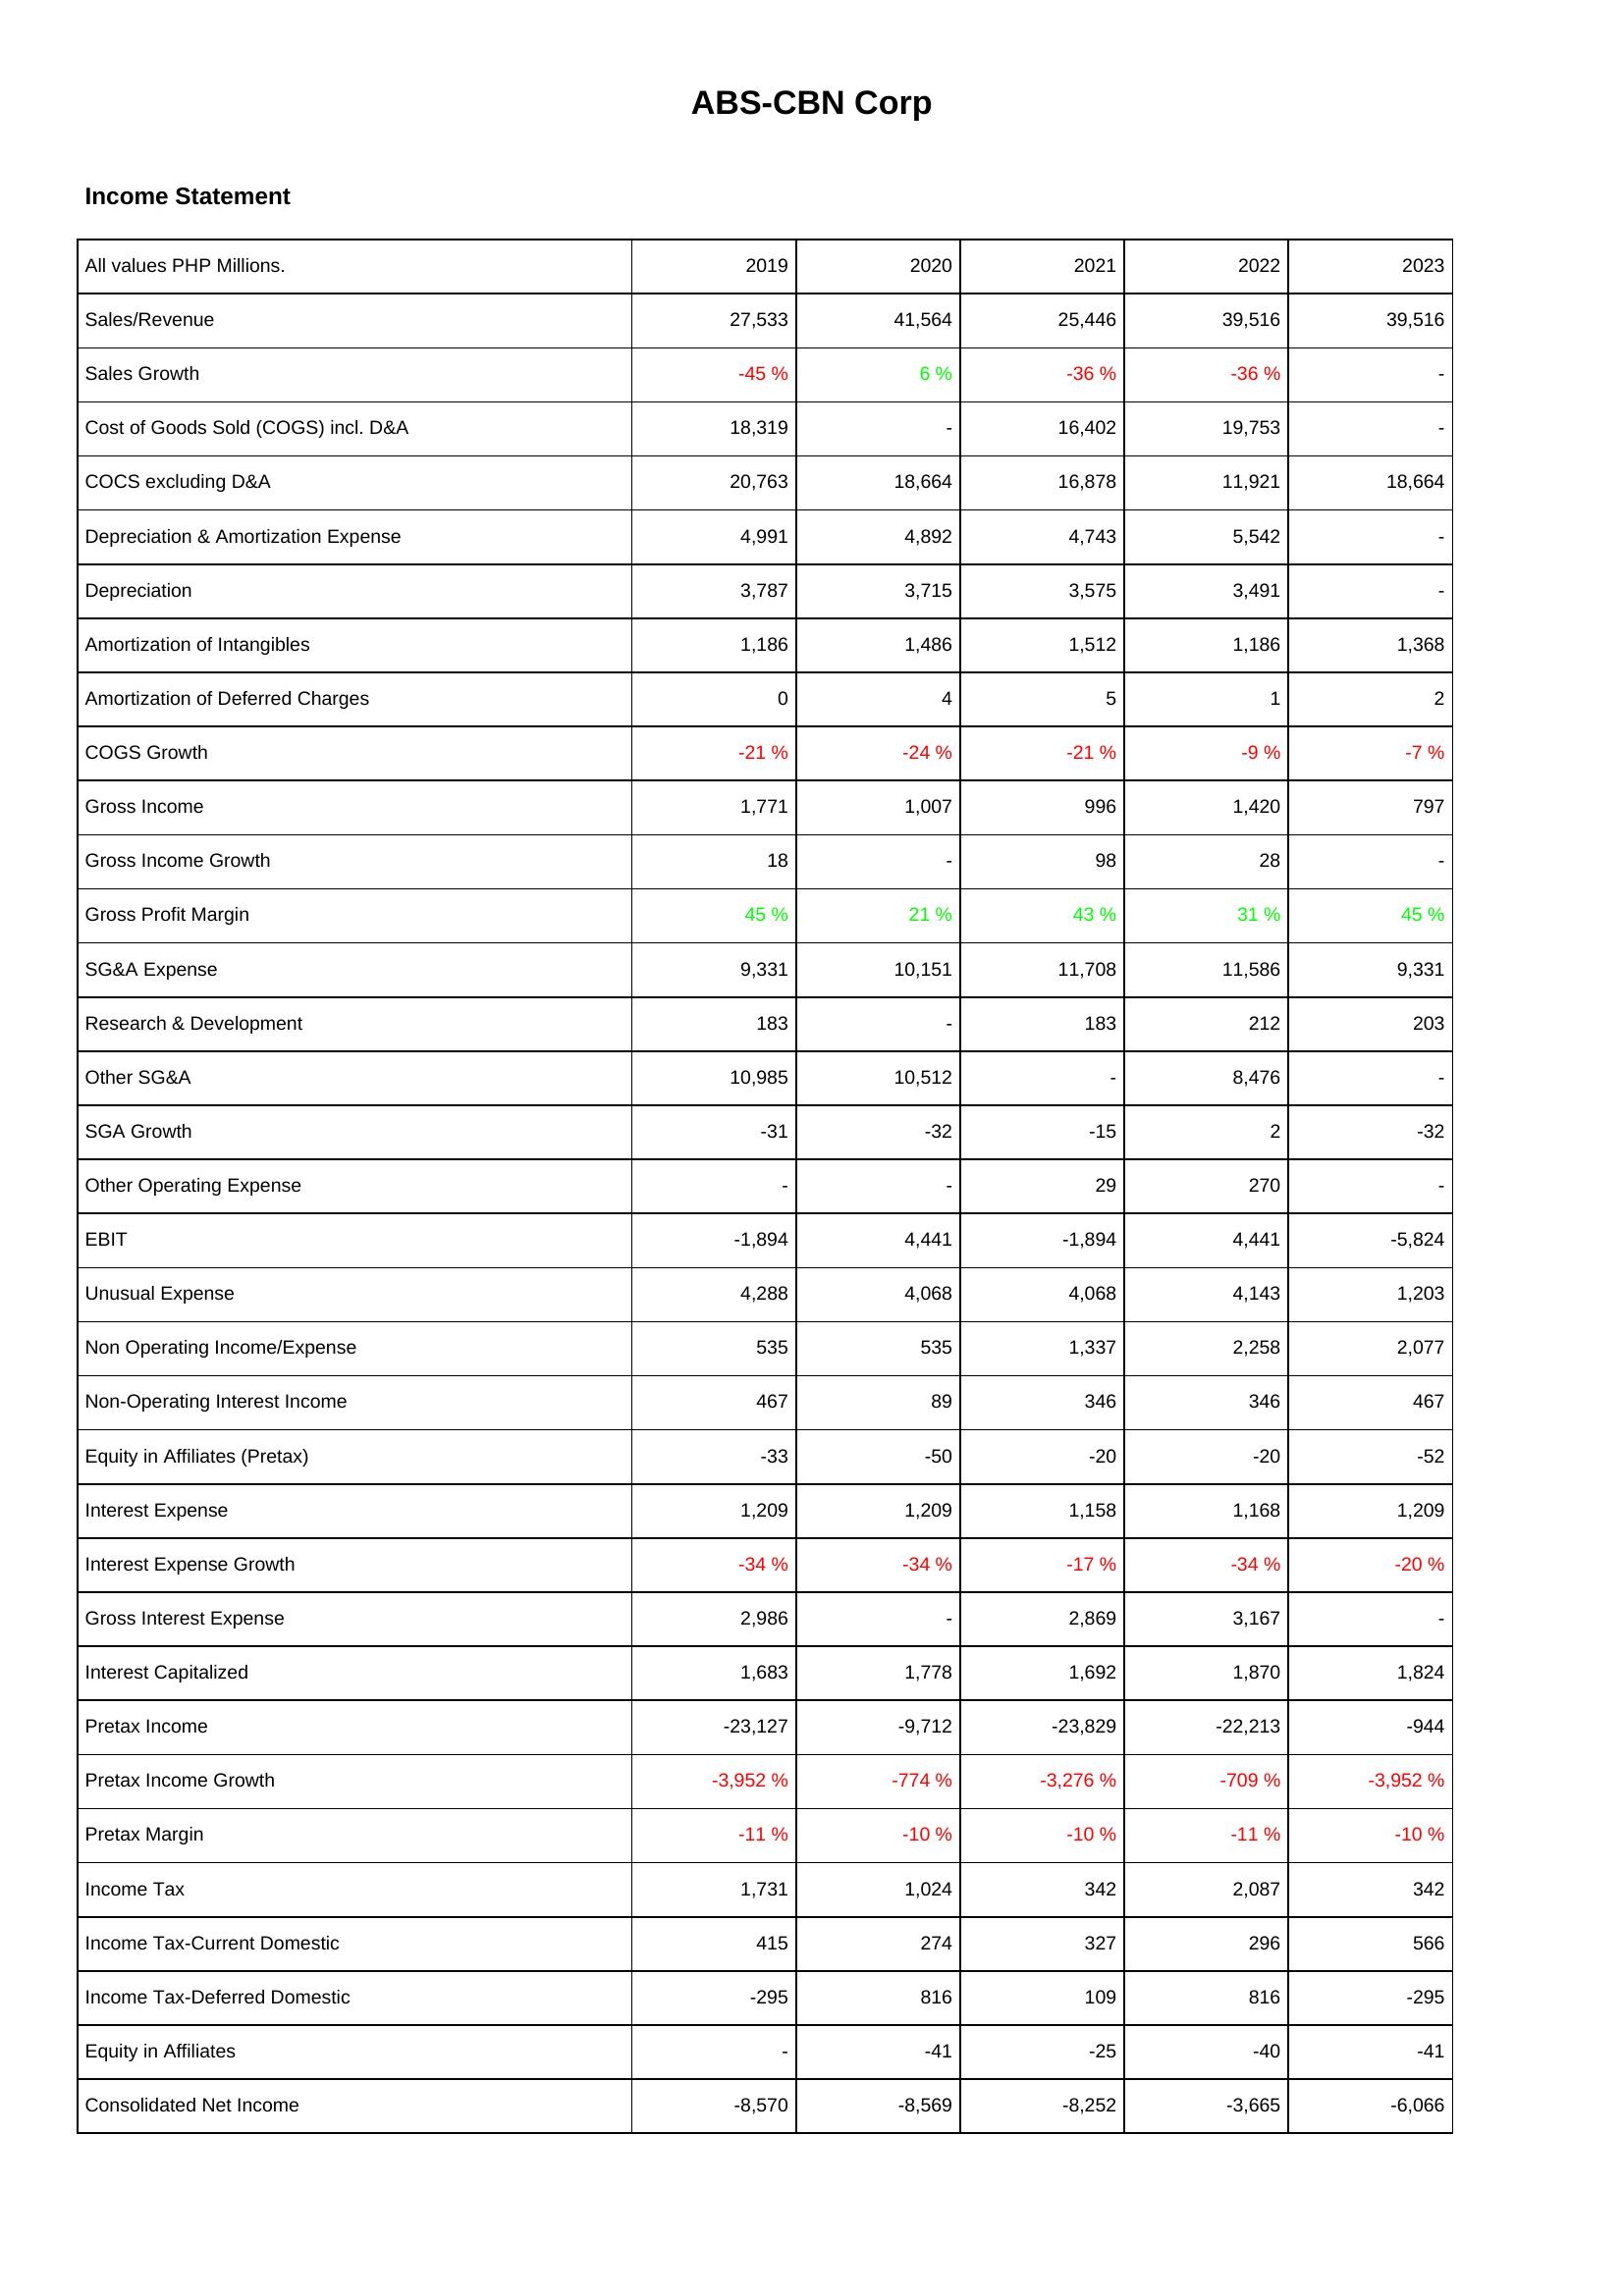
2019: Income Statement: Sales/Revenue: 27,533
Sales Growth: -45 %
Cost of Goods Sold (COGS) incl. D&A: 18,319
COCS excluding D&A: 20,763
Depreciation & Amortization Expense: 4,991
Depreciation: 3,787
Amortization of Intangibles: 1,186
Amortization of Deferred Charges: 0
COGS Growth: -21 %
Gross Income: 1,771
Gross Income Growth: 18
Gross Profit Margin: 45 %
SG&A Expense: 9,331
Research & Development: 183
Other SG&A: 10,985
SGA Growth: -31
Other Operating Expense: -
EBIT: -1,894
Unusual Expense: 4,288
Non Operating Income/Expense: 535
Non-Operating Interest Income: 467
Equity in Affiliates (Pretax): -33
Interest Expense: 1,209
Interest Expense Growth: -34 %
Gross Interest Expense: 2,986
Interest Capitalized: 1,683
Pretax Income: -23,127
Pretax Income Growth: -3,952 %
Pretax Margin: -11 %
Income Tax: 1,731
Income Tax-Current Domestic: 415
Income Tax-Deferred Domestic: -295
Equity in Affiliates: -
Consolidated Net Income: -8,570
2020: Income Statement: Sales/Revenue: 41,564
Sales Growth: 6 %
Cost of Goods Sold (COGS) incl. D&A: -
COCS excluding D&A: 18,664
Depreciation & Amortization Expense: 4,892
Depreciation: 3,715
Amortization of Intangibles: 1,486
Amortization of Deferred Charges: 4
COGS Growth: -24 %
Gross Income: 1,007
Gross Income Growth: -
Gross Profit Margin: 21 %
SG&A Expense: 10,151
Research & Development: -
Other SG&A: 10,512
SGA Growth: -32
Other Operating Expense: -
EBIT: 4,441
Unusual Expense: 4,068
Non Operating Income/Expense: 535
Non-Operating Interest Income: 89
Equity in Affiliates (Pretax): -50
Interest Expense: 1,209
Interest Expense Growth: -34 %
Gross Interest Expense: -
Interest Capitalized: 1,778
Pretax Income: -9,712
Pretax Income Growth: -774 %
Pretax Margin: -10 %
Income Tax: 1,024
Income Tax-Current Domestic: 274
Income Tax-Deferred Domestic: 816
Equity in Affiliates: -41
Consolidated Net Income: -8,569
2021: Income Statement: Sales/Revenue: 25,446
Sales Growth: -36 %
Cost of Goods Sold (COGS) incl. D&A: 16,402
COCS excluding D&A: 16,878
Depreciation & Amortization Expense: 4,743
Depreciation: 3,575
Amortization of Intangibles: 1,512
Amortization of Deferred Charges: 5
COGS Growth: -21 %
Gross Income: 996
Gross Income Growth: 98
Gross Profit Margin: 43 %
SG&A Expense: 11,708
Research & Development: 183
Other SG&A: -
SGA Growth: -15
Other Operating Expense: 29
EBIT: -1,894
Unusual Expense: 4,068
Non Operating Income/Expense: 1,337
Non-Operating Interest Income: 346
Equity in Affiliates (Pretax): -20
Interest Expense: 1,158
Interest Expense Growth: -17 %
Gross Interest Expense: 2,869
Interest Capitalized: 1,692
Pretax Income: -23,829
Pretax Income Growth: -3,276 %
Pretax Margin: -10 %
Income Tax: 342
Income Tax-Current Domestic: 327
Income Tax-Deferred Domestic: 109
Equity in Affiliates: -25
Consolidated Net Income: -8,252
2022: Income Statement: Sales/Revenue: 39,516
Sales Growth: -36 %
Cost of Goods Sold (COGS) incl. D&A: 19,753
COCS excluding D&A: 11,921
Depreciation & Amortization Expense: 5,542
Depreciation: 3,491
Amortization of Intangibles: 1,186
Amortization of Deferred Charges: 1
COGS Growth: -9 %
Gross Income: 1,420
Gross Income Growth: 28
Gross Profit Margin: 31 %
SG&A Expense: 11,586
Research & Development: 212
Other SG&A: 8,476
SGA Growth: 2
Other Operating Expense: 270
EBIT: 4,441
Unusual Expense: 4,143
Non Operating Income/Expense: 2,258
Non-Operating Interest Income: 346
Equity in Affiliates (Pretax): -20
Interest Expense: 1,168
Interest Expense Growth: -34 %
Gross Interest Expense: 3,167
Interest Capitalized: 1,870
Pretax Income: -22,213
Pretax Income Growth: -709 %
Pretax Margin: -11 %
Income Tax: 2,087
Income Tax-Current Domestic: 296
Income Tax-Deferred Domestic: 816
Equity in Affiliates: -40
Consolidated Net Income: -3,665
2023: Income Statement: Sales/Revenue: 39,516
Sales Growth: -
Cost of Goods Sold (COGS) incl. D&A: -
COCS excluding D&A: 18,664
Depreciation & Amortization Expense: -
Depreciation: -
Amortization of Intangibles: 1,368
Amortization of Deferred Charges: 2
COGS Growth: -7 %
Gross Income: 797
Gross Income Growth: -
Gross Profit Margin: 45 %
SG&A Expense: 9,331
Research & Development: 203
Other SG&A: -
SGA Growth: -32
Other Operating Expense: -
EBIT: -5,824
Unusual Expense: 1,203
Non Operating Income/Expense: 2,077
Non-Operating Interest Income: 467
Equity in Affiliates (Pretax): -52
Interest Expense: 1,209
Interest Expense Growth: -20 %
Gross Interest Expense: -
Interest Capitalized: 1,824
Pretax Income: -944
Pretax Income Growth: -3,952 %
Pretax Margin: -10 %
Income Tax: 342
Income Tax-Current Domestic: 566
Income Tax-Deferred Domestic: -295
Equity in Affiliates: -41
Consolidated Net Income: -6,066